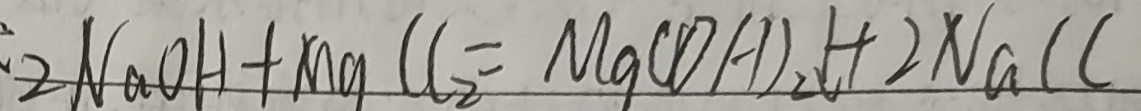
: 2 N a O H + M g C l _ { 2 } = M g ( O H ) _ { 2 } \downarrow + 2 N a C l